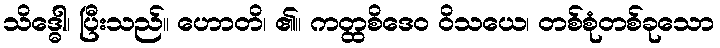
သိဒ္ဓေါ၊ ပြီးသည်။ ဟောတိ၊ ၏။ ကတ္ထစိဒေဝ ဝိသယေ၊ တစ်စုံတစ်ခုသော